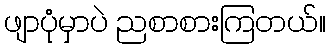
ဖျာပုံမှာပဲ ညစာစားကြတယ်။